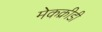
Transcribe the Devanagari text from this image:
मेकक्रीडी